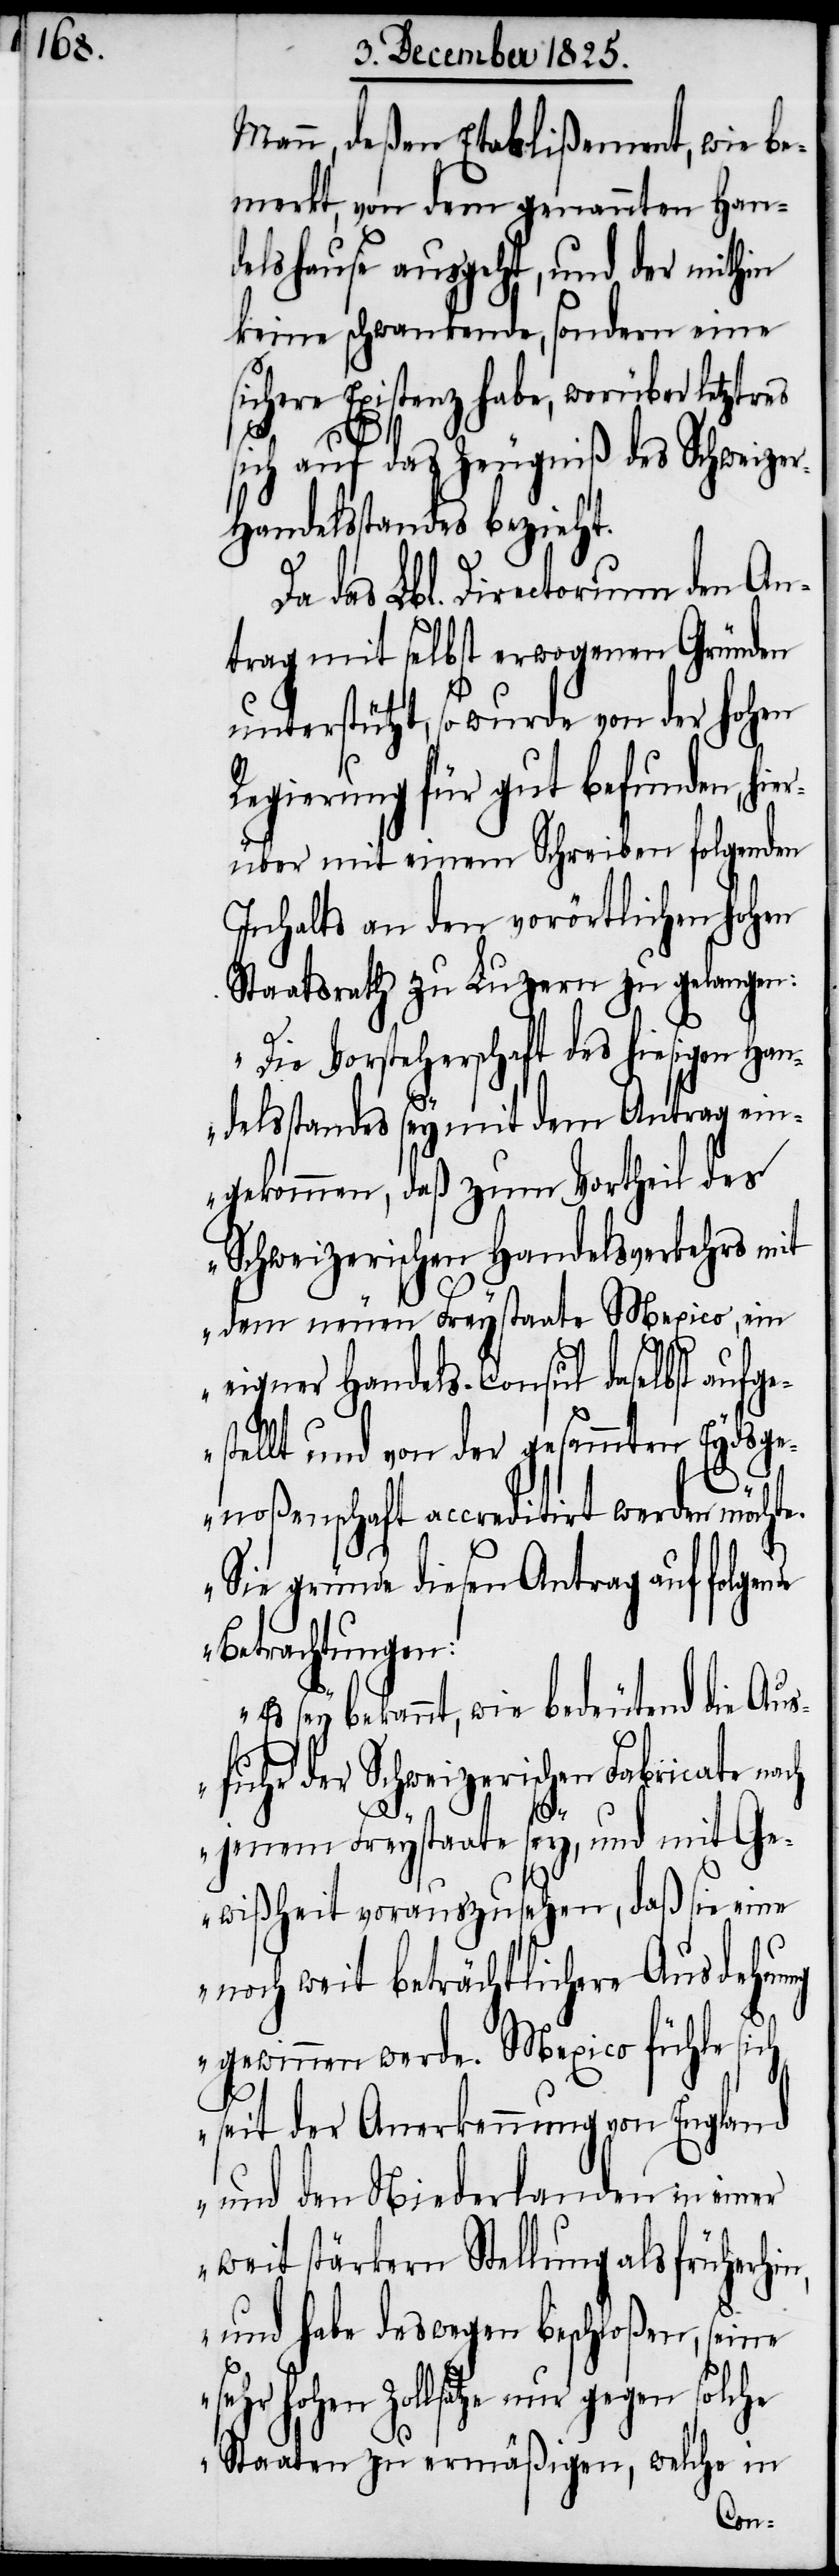
Mann, deßen Etablißement, wie be¬
merkt, von dem genannten Han¬
delshause ausgeht, und der mithin
keine schwankende, sondern eine
Existenz habe, worüber
sich auf das Zeugniß des Schweize¬
r-Handelsstandes bezieht.
Da das Lbl. Directorium den An¬
trag mit selbst erwogenen Gründen
unterstützt, so wurde von der hohen
Regierung für gut befunden, hi¬
erüber mit einem Schreiben folgenden
Inhalts an den vorörtlichen hohen
Staatsrath zu Luzern zu gelangen:
„Die Vorsteherschaft des hiesigen Han¬
delsstandes sey mit dem Antrag ein¬
gekommen, daß zum Vortheil des
Schweizerischen Handelsverkehrs mit
dem neuen Freystaate Mexico, ein
eigner Handels-Consul daselbst aufge¬
stellt und von der gesammten Eydsge¬
noßenschaft accreditirt werden möchte.
Sie gründe diesen Antrag auf folgende
Betrachtungen:
Es sey bekannt, wie bedeutend die Au¬
sfuhr der Schweizerischen Fabricate
jenem Freystaate sey, und mit Ge¬
wißheit vorauszusehen, daß sie eine
noch weit beträchtlichere Ausdehnung
gewinnen werde. Mexico fühle sich
seit der Anerkennung von England
und den Niederlanden in einer
weit stärkern Stellung als früherhi¬
n, und habe deswegen beschloßen, seine
lsätze nur gegen solche
Staaten zu ermäßigen, welche in